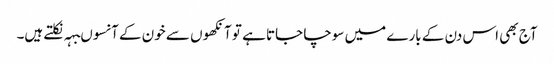
آج بھی اس دن کے بارے میں سوچا جاتا ہے تو آنکھوں سے خون کے آنسوںبہہ نکلتے ہیں۔